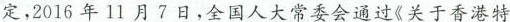
定，2016年11月7日，全国人大常委会通过《关于香港特